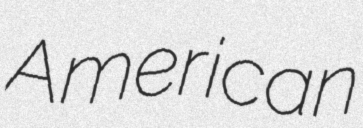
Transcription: American